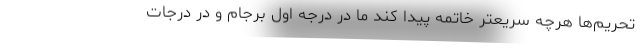
تحریم‌ها هرچه سریعتر خاتمه پیدا کند ما در درجه اول برجام و در درجات